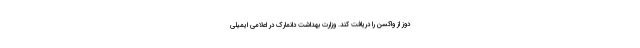
دوز از واکسن را دریافت کند. وزارت بهداشت دانمارک در اعلامی ایمیلی